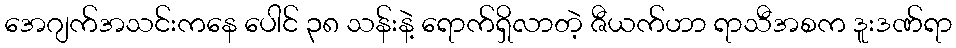
အေဂျက်အသင်းကနေ ပေါင် ၃၈ သန်းနဲ့ ရောက်ရှိလာတဲ့ ဇီယက်ဟာ ရာသီအစက ဒူးဒဏ်ရာ